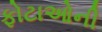
ફોટાઓની